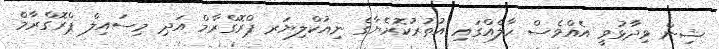
ޝިން ވިދާޅުވީ އެއްވެސް ހާލެއްގައި އުތުރުކޮރެޔާގެ ނިއުކްލިޔަރ ޕްރޮގްރާމް އަދި މިސައިލް ޕްރޮގްރާމް